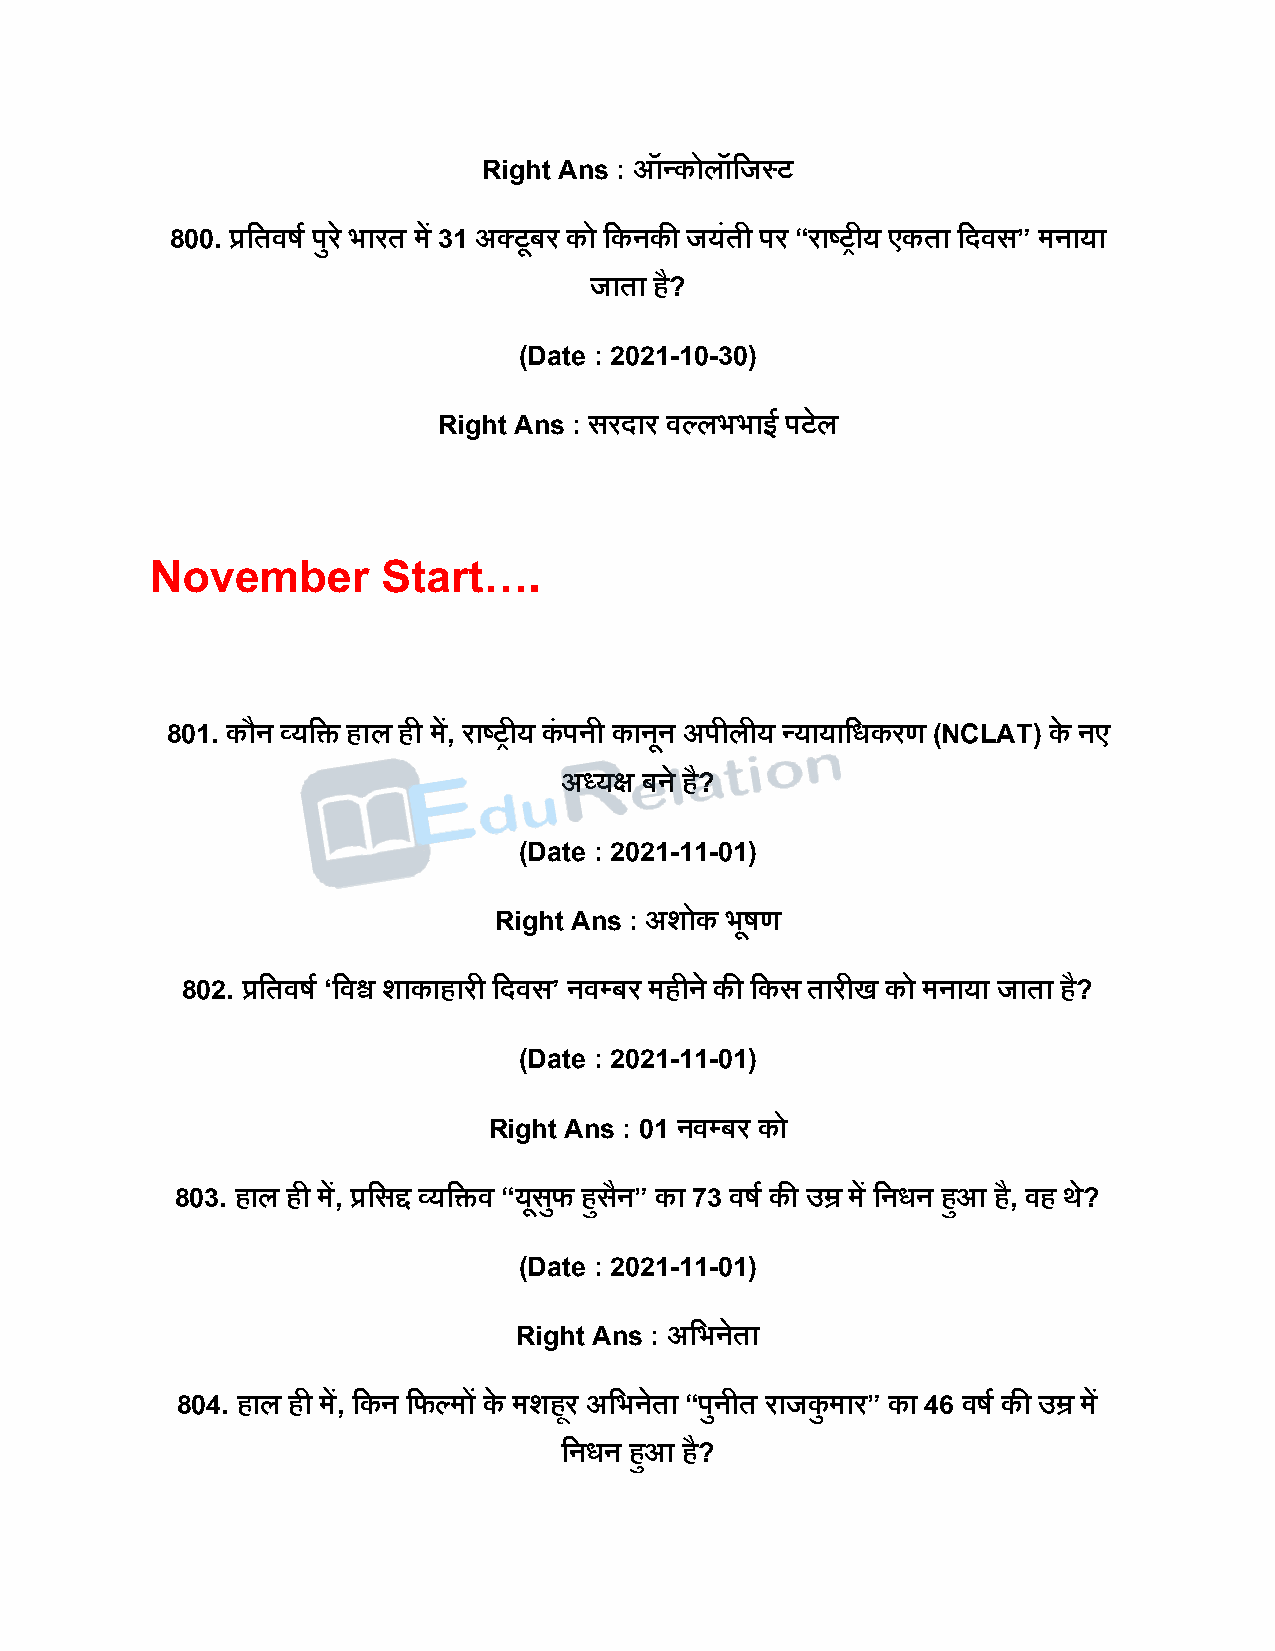
Right Ans : ऑन्कोलॉदजस्ट
 800. प्रदतवर्ष िुर े भारत में 31 अक्टूबर को दकनकी जयंती िर “राष्ट्रीय एकता दिवस” मनाया
 जाता है?
 (Date : 2021-10-30)
 Right Ans : सरिार वल्लभभाई िटेल
 November       Start….
 801. कौन व्यदि हाल ही में, राष्ट्रीय कं िनी कानून अिीलीय न्यायादधकरण (NCLAT) के नए
 अध्यक्ष बने है?
 (Date : 2021-11-01)
 Right Ans : अशोक भूर्ण
 802. प्रदतवर्ष ‘दवश्व शाकाहारी दिवस’ नवपबर महीने की दकस तारीख को मनाया जाता है?
 (Date : 2021-11-01)
 Right Ans : 01 नवपबर को
 803. हाल ही में, प्रदसद्द व्यदिव “यूसफु हुसैन” का 73 वर्ष की उम्र में दनधन हुआ है, वह थे?
 (Date : 2021-11-01)
 Right Ans : अदभनेता
 804. हाल ही में, दकन दफल्मों के मशहूर अदभनेता “िुनीत राजकु मार” का 46 वर्ष की उम्र में
 दनधन हुआ है?